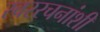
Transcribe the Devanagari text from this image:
स्वररचनांशी